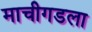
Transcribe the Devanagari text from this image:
माचीगडला